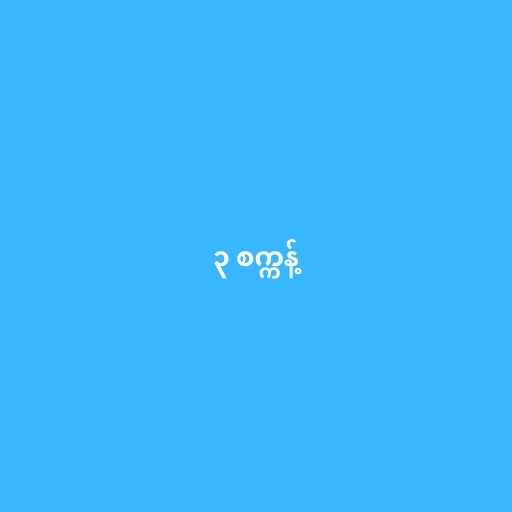
၃ စက္ကန့်